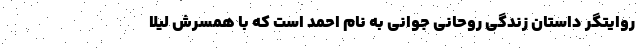
روایتگر داستان زندگی روحانی جوانی به نام احمد است که با همسرش لیلا